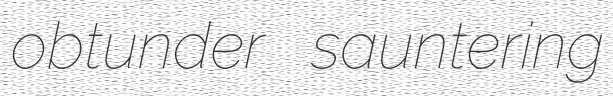
obtunder sauntering